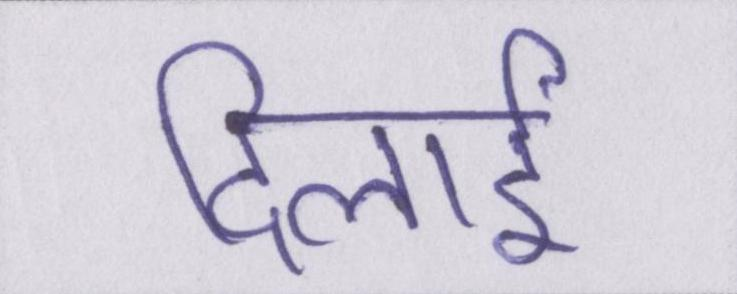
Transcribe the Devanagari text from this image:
दिलाई